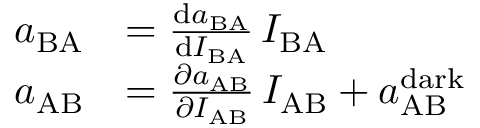
\begin{array} { r l } { a _ { \mathrm { B A } } } & { = \frac { \mathrm { d } a _ { \mathrm { B A } } } { \mathrm { d } I _ { \mathrm { B A } } } \, I _ { \mathrm { B A } } } \\ { a _ { \mathrm { A B } } } & { = \frac { \partial a _ { \mathrm { A B } } } { \partial I _ { \mathrm { A B } } } \, I _ { \mathrm { A B } } + a _ { \mathrm { A B } } ^ { \mathrm { d a r k } } } \end{array}